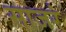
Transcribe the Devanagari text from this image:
साजरं